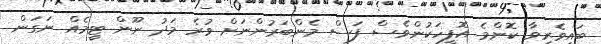
ބައިވެރިވާ ކޮންމެ އޮފީހަކުންވެސް ފަސް މެންބަރުންނަށް ވުރެ މަދު ނޫން ޓީމެއް ނަގަން